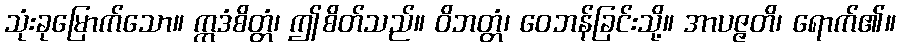
သုံးခုမြောက်သော။ ဣဒံစိတ္တံ၊ ဤစိတ်သည်။ ဝိဘတ္တံ၊ ဝေဘန်ခြင်းသို့။ အာပဇ္ဇတိ၊ ရောက်၏။